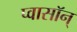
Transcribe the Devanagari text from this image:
प्वासॉन्‌